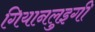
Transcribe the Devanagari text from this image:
गियानलुइगी